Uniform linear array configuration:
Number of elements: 24
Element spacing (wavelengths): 1
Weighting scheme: uniform
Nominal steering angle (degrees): -30
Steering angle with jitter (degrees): -30.501
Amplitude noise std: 0.05
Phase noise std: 0.05

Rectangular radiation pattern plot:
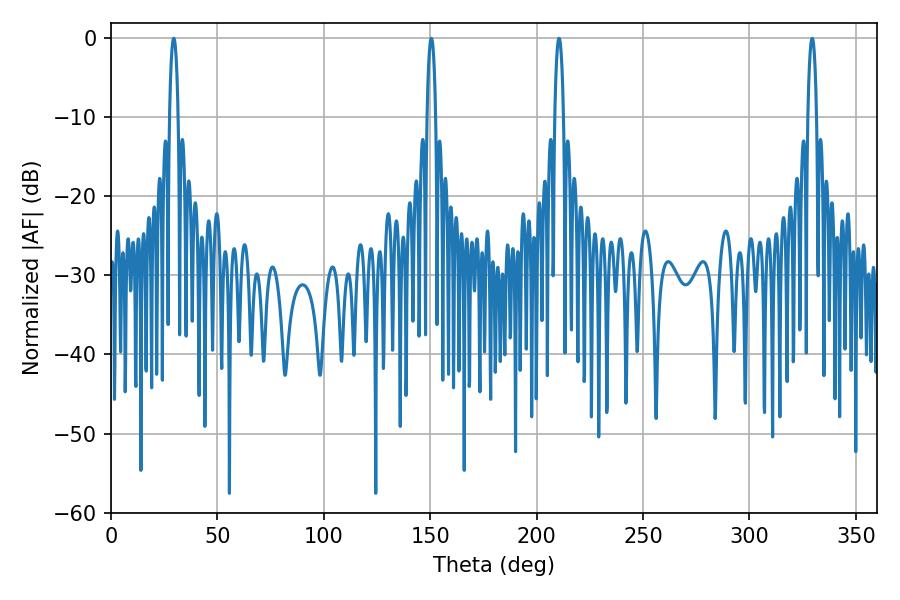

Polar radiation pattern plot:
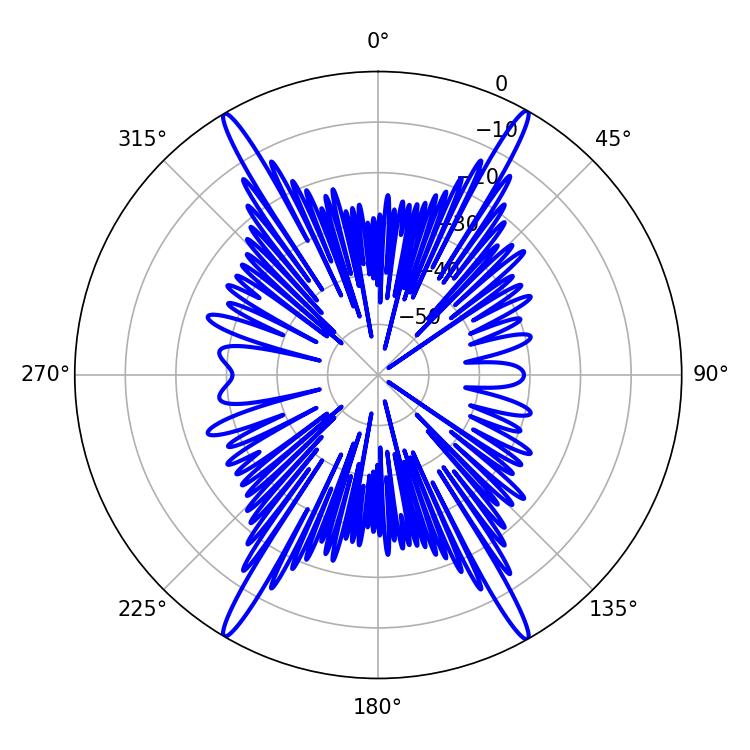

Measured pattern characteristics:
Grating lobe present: TRUE
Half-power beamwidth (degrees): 2.16
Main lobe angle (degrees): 29.52